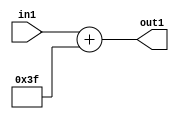
`timescale 1ps / 1ps
/*****************************************************************************
    Verilog RTL Description
    
    
    Created by: Stratus DpOpt 2019.1.01 
*******************************************************************************/

module DC_Filter_Add_12U_177_1 (
	in1,
	out1
	); /* architecture "behavioural" */ 
input [11:0] in1;
output [11:0] out1;
wire [11:0] asc001;

assign asc001 = 
	+(in1)
	+(12'B000000111111);

assign out1 = asc001;
endmodule

/* CADENCE  urnxSAE= : u9/ySgnWtBlWxVPRXgAZ4Og= ** DO NOT EDIT THIS LINE ******/